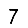
Digit: 7